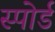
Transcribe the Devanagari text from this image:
स्पोर्ड